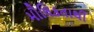
મૌલિકતાથી